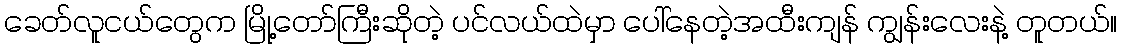
ခေတ်လူငယ်တွေက မြို့တော်ကြီးဆိုတဲ့ ပင်လယ်ထဲမှာ ပေါ်နေတဲ့အထီးကျန် ကျွန်းလေးနဲ့ တူတယ်။